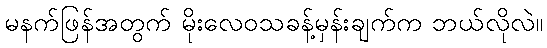
မနက်ဖြန်အတွက် မိုးလေဝသခန့်မှန်းချက်က ဘယ်လိုလဲ။